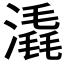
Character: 𣾽